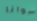
سوانا